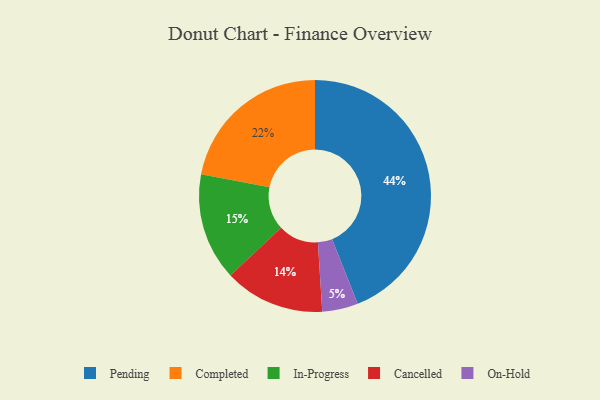
{"axis": {"x": "Category", "y": "Percentage"}, "legend": ["Cancelled", "Completed", "In-Progress", "On-Hold", "Pending"], "data": [{"x": "Cancelled", "y": 14, "type": "Cancelled"}, {"x": "In-Progress", "y": 15, "type": "In-Progress"}, {"x": "On-Hold", "y": 5, "type": "On-Hold"}, {"x": "Completed", "y": 22, "type": "Completed"}, {"x": "Pending", "y": 44, "type": "Pending"}]}